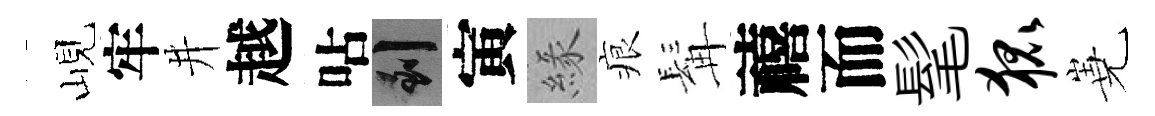
峴牢井越呫到寅緣痕髯禧而髦狐嶤